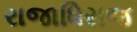
રાજાધિરાજ